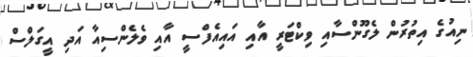
ނިއުގެ އިތުރުން ލެގޫންސާއި ވިކްޓަރީ އާއި އައިއެފްސީ އާއި ވެލެންސިއާ އަދި އީގަލްސް